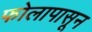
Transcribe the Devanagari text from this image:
फोलापासून